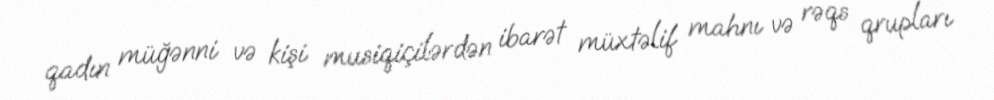
qadın müğənni və kişi musiqiçilərdən ibarət müxtəlif mahnı və rəqs qrupları